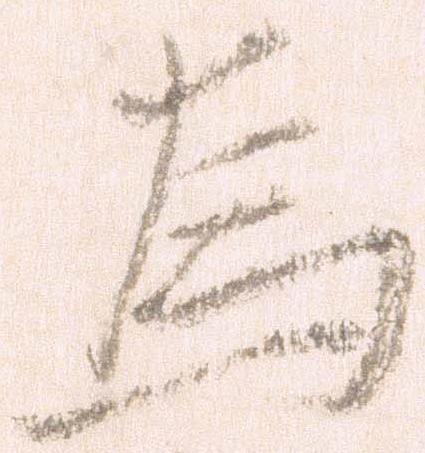
為